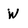
Character: W